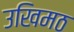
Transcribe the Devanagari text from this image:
उखिमठ